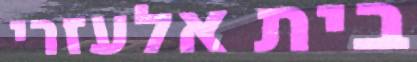
בית אלעזרי